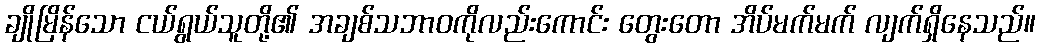
ချိုမြိန်သော ငယ်ရွယ်သူတို့၏ အချစ်သဘာဝကိုလည်းကောင်း တွေးတော အိပ်မက်မက် လျက်ရှိနေသည်။